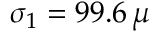
\sigma _ { 1 } = 9 9 . 6 \, \mu